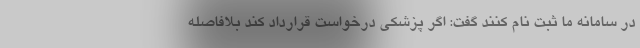
در سامانه ما ثبت نام کنند گفت: اگر پزشکی درخواست قرارداد کند بلافاصله